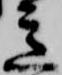
意